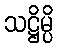
သဋ္ဌိမ္ပိ